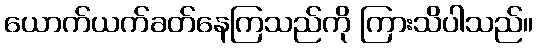
ယောက်ယက်ခတ်နေကြသည်ကို ကြားသိပါသည်။